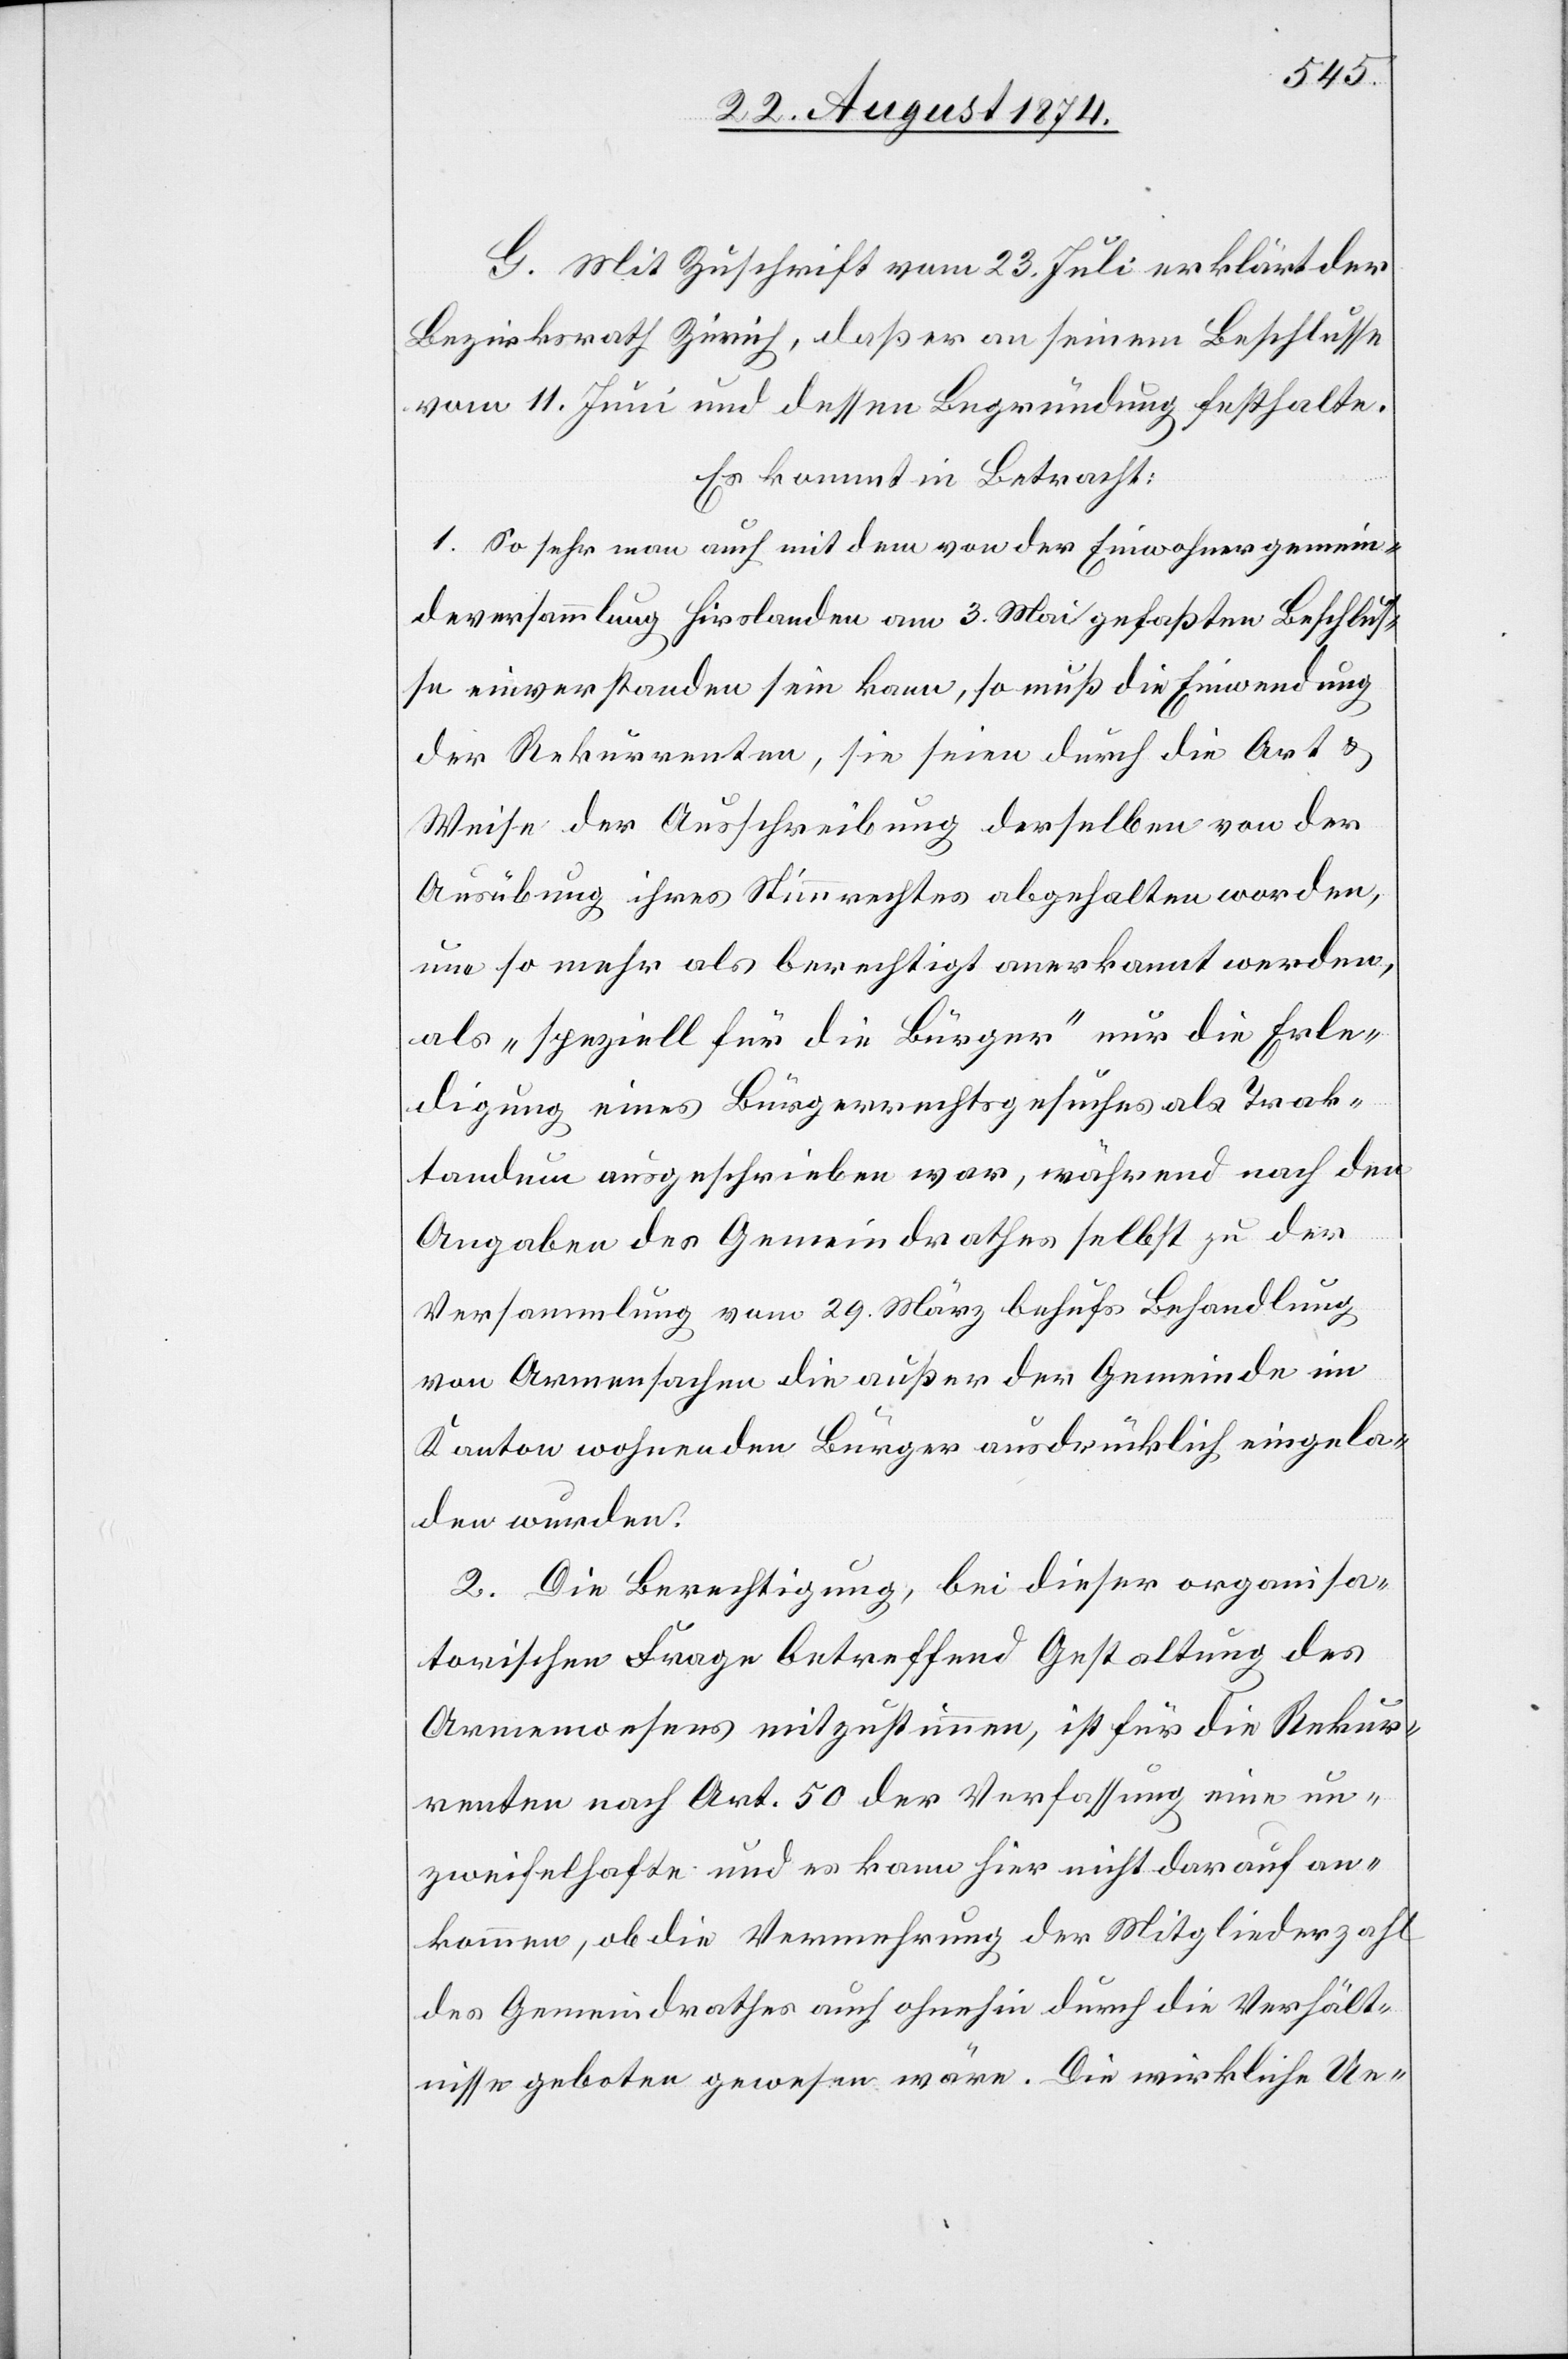
G. Mit Zuschrift vom 23. Juli erklärt der
Bezirksrath Zürich, daß er an seinem Beschlusse
vom 11. Juni und dessen Begründung festhalte.
Es kommt in Betracht:
1. So sehr man auch mit dem von der Einwohnergemein¬
deversammlung Hirslanden am 3. Mai gefaßten Beschlus¬
se einverstanden sein kann, so muß die Einwendung
der Rekurrenten, sie seien durch die Art
Weise der Ausschreibung derselben von der
Ausübung ihres Stimmrechtes abgehalten worden,
um so mehr als berechtigt anerkannt werden,
als „speziell für die Bürger“ nur die Erle¬
digung eines Bürgerrechtsgesuches als Trak¬
tandum ausgeschrieben war, während nach den
Angaben des Gemeindrathes selbst zu der
Versammlung vom 29. März behufs Behandlung
von Armensachen die außer der Gemeinde im
Kanton wohnenden Bürger ausdrücklich eingela¬
den wurden.
2. Die Berechtigung, bei dieser organisa¬
torischen Frage betreffend Gestaltung des
Armenwesens mitzustimmen, ist für die Rekur¬
renten nach Art. 50 der Verfassung eine un¬
zweifelhafte und es kann hier nicht darauf an¬
kommen, ob die Vermehrung der Mitgliederzahl
des Gemeindrathes auch ohnehin durch die Verhält¬
nisse geboten gewesen wäre. Die wirkliche Ue-